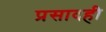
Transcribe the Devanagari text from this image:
प्रसादही